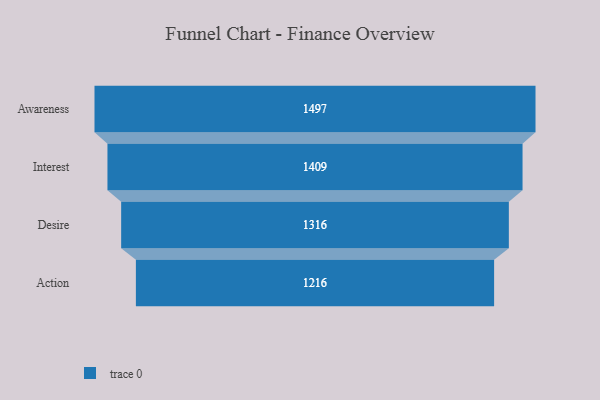
{"axis": {"x": "Stage", "y": "Value"}, "legend": [""], "data": [{"x": "Awareness", "y": 1497.0, "type": ""}, {"x": "Interest", "y": 1409.0, "type": ""}, {"x": "Desire", "y": 1316.0, "type": ""}, {"x": "Action", "y": 1216.0, "type": ""}]}